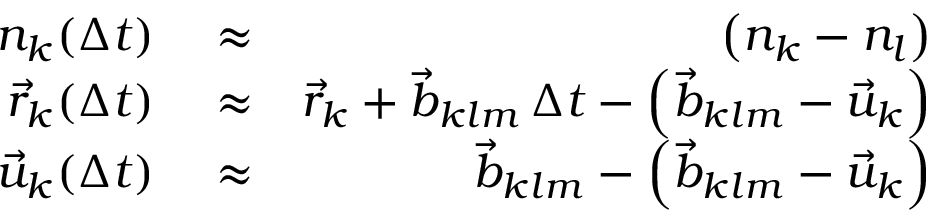
\begin{array} { r l r } { n _ { k } ( \Delta t ) } & { { } \approx } & { \left( n _ { k } - n _ { l } \right) } \\ { \vec { r } _ { k } ( \Delta t ) } & { { } \approx } & { \vec { r } _ { k } + \vec { b } _ { k l m } \, \Delta t - \left( \vec { b } _ { k l m } - \vec { u } _ { k } \right) } \\ { \vec { u } _ { k } ( \Delta t ) } & { { } \approx } & { \vec { b } _ { k l m } - \left( \vec { b } _ { k l m } - \vec { u } _ { k } \right) } \end{array}